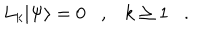
L _ { k } | \Psi \rangle = 0 , k \geq 1 .